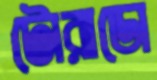
টোরাডো